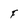
Character: F